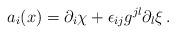
LaTeX: \begin{align*}a_i(x) = \partial_i \chi +\epsilon_{ij} g^{jl} \partial_l \xi\,.\end{align*}